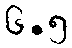
၆.၅